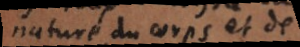
nature du corps et de